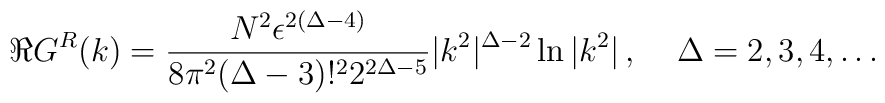
\Re G^R (k) =  { N^2  \epsilon^{2(\Delta - 4 )}\over  8\pi^2(\Delta - 3)!^2  2^{2\Delta - 5} }  |k^2|^{\Delta - 2}\ln{|k^2|}\,, \;\;\;\; \Delta = 2, 3, 4, \ldots